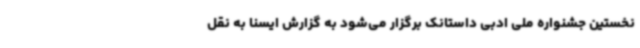
نخستین جشنواره ملی ادبی داستانک برگزار می‌شود به گزارش ایسنا به نقل